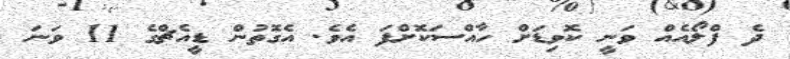
ދެ ފްލޯއެއް ވަނީ ކޮވިޑަށް ހާއްސަކޮށްފަ އެވެ. އެގޮތުން ޑީއެޗްގެ 11 ވަނަ